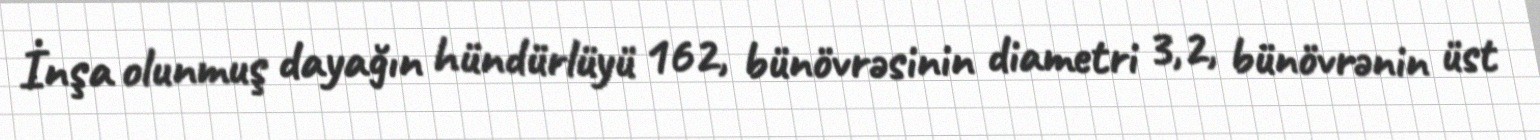
İnşa olunmuş dayağın hündürlüyü 162, bünövrəsinin diametri 3,2, bünövrənin üst